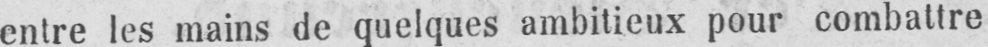
entre les mains de quelques ambitieux pour combattre